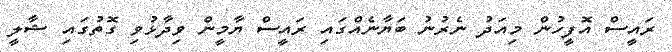
ރައީސް އޮފީހުން މިއަދު ނެރުނު ބަޔާނެއްގައި ރައީސް ޔާމީން ވިދާޅުވި ގޮތުގައި ޝާލީ